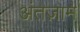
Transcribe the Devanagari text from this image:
अंतज़ाम